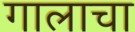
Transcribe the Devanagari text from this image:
गालाचा